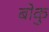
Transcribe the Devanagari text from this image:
बोकु